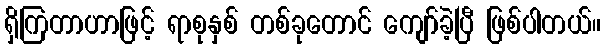
ရှိကြတာဟာဖြင့် ရာစုနှစ် တစ်ခုတောင် ကျော်ခဲ့ပြီ ဖြစ်ပါတယ်။